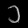
Digit: ၁